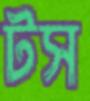
টস